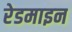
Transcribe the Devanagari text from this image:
रेडमाइन